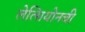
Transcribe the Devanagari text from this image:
लेत्सियोनची